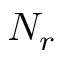
N _ { r }